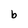
Character: b